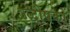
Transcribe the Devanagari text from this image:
उद्धोषकों